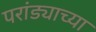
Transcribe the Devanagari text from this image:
परांड्याच्या